Vaccination Hyderabad 1872-1889 - 1872-1889
Year: 1872
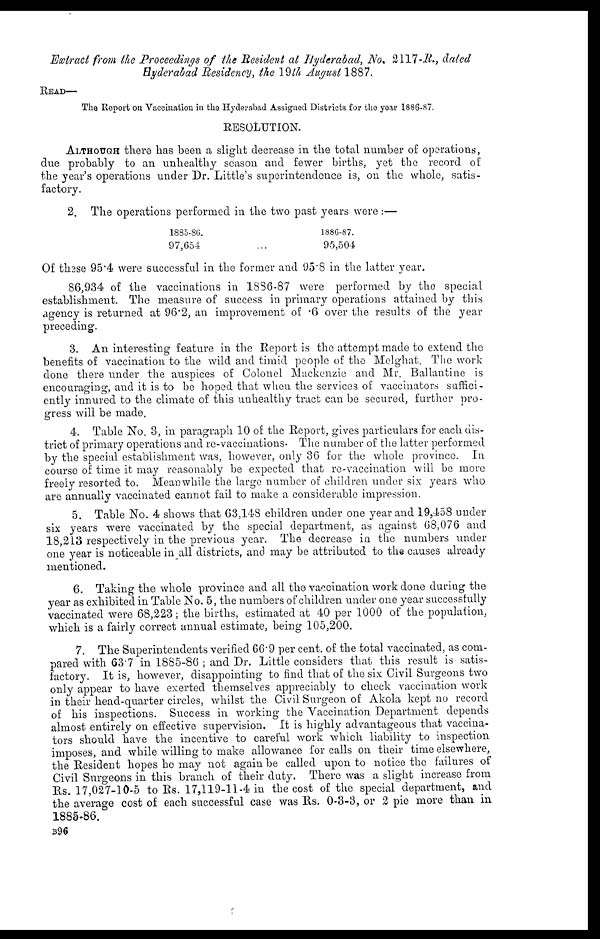
Extract from the Proceedings of the Resident at Hyderabad, No, 2117-R., dated
Hyderabad Residency, the 19th August 1887.
READ—
The Report on Vaccination in the Hyderabad Assigned Districts for the year 1886-87.
RESOLUTION.
ALTHOUGH there has been a slight decrease in the total number of operations,
due probably to an unhealthy season and fewer births, yet the record of
the year's operations under Dr. Little's superintendence is, on the whole, satis-
factory.
2. The operations performed in the two past years were:—
1885-86.
97,654 ...
1886-87.
95,504
Of these 95.4 were successful in the former and 95.8 in the latter year.
86,934 of the vaccinations in 1886-87 were performed by the special
establishment. The measure of success in primary operations attained by this
agency is returned at 96.2, an improvement of .6 over the results of the year
preceding.
3. An interesting feature in the Report is the attempt made to extend the
benefits of vaccination to the wild and timid people of the Melghat. The work
done there under the auspices of Colonel Mackenzie and Mr. Ballantine is
encouraging, and it is to be hoped that when the services of vaccinators suffici-
ently innured to the climate of this unhealthy tract can be secured, further pro-
gress will be made.
4. Table No. 3, in paragraph 10 of the Report, gives particulars for each dis-
trict of primary operations and re-vaccinations. The number of the latter performed
by the special establishment was, however, only 36 for the whole province In
course of time it may reasonably be expected that re-vaccination will be more
freely resorted to. Mean while the large number of children under six years who
are annually vaccinated cannot fail to make a considerable impression.
5. Table No. 4 shows that 63,148 children under one year and 19,458 under
six years were vaccinated by the special department, as against 68,076 and
18,213 respectively in the previous year. The decrease in the numbers under
one year is noticeable in all districts, and may be attributed to the causes already
mentioned.
6. Taking the whole province and all the vaccination work done during the
year as exhibited in Table No. 5, the numbers of children under one year successfully
vaccinated were 68,223; the births, estimated at 40 per 1000 of the population,
which is a fairly correct annual estimate, being 105,200.
7. The Superintendents verified 66.9 per cent. of the total vaccinated, as com-
pared with 63.7 in 1885-86 ; and Dr. Little considers that this result is satis-
factory. It is, however, disappointing to find that of the six Civil Surgeons two
only appear to have exerted themselves appreciably to check vaccination work
in their head-quarter circles, whilst the Civil Surgeon of Akola kept no record
of his inspections. Success in working the Vaccination Department depends
almost entirely on effective supervision. It is highly advantageous that vaccina-
tors should have the incentive to careful work which liability to inspection
imposes, and while willing to make allowance for calls on their time elsewhere,
the Resident hopes he may not again be called upon to notice the failures of
Civil Surgeons in this branch of their duty. There was a slight increase from
Rs. 17,027-10-5 to Rs. 17,119-11-4 in the cost of the special department, and
the average cost of each successful case was Rs. 0-3-3, or 2 pie more than in
1885-86.
B96